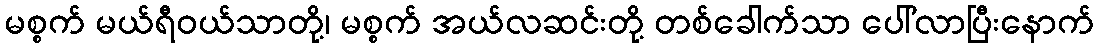
မစ္စက် မယ်ရီဝယ်သာတို့၊ မစ္စက် အယ်လဆင်းတို့ တစ်ခေါက်သာ ပေါ်လာပြီးနောက်